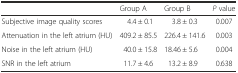
|  | Group A | Group B | P value |
 | --- | --- | --- | --- |
 | Subjective image quality scores | 4.4 ± 0.1 | 3.8 ± 0.3 | 0.007 |
 | Attenuation in the left atrium (HU) | 409.2 ± 85.5 | 226.4 ± 141.6 | 0.003 |
 | Noise in the left atrium (HU) | 40.0 ± 15.8 | 18.46 ± 5.6 | 0.004 |
 | SNR in the left atrium | 11.7 ± 4.6 | 13.2 ± 8.9 | 0.638 |